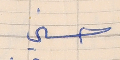
حسني